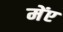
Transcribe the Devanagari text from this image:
मेंए